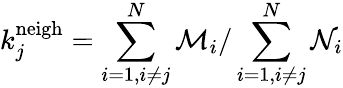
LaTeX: k_{j}^{\mathrm{neigh}}=\sum_{i=1,i\neq j}^{N}\mathcal{M}_{i}/\sum_{i=1,i\neq j}^{N}\mathcal{N}_{i}